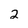
Character: 2